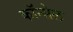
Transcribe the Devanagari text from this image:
कॉन्सेल